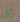
إلى